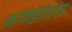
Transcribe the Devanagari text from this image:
कांफेडेरेशंस